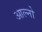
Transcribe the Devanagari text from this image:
आल्नो